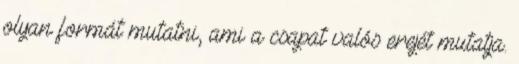
olyan formát mutatni, ami a csapat valós erejét mutatja.